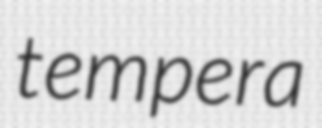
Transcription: tempera